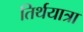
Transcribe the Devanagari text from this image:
तिर्थयात्रा